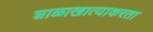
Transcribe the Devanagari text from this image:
शाळाखात्याकरता